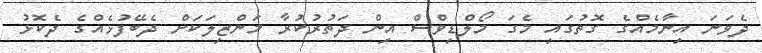
ދެވަނަ އިނާމެއްގެ ގޮތުގައި މެގަ މޯލްޑިވްސް އިން ދަތުރުކުރާ މަންޒިލަކަށް ދެބޭފުޅެއްގެ ދެކޮޅު